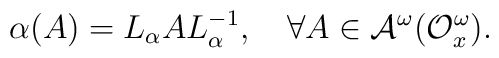
\alpha(A)=L_{\alpha} A L_{\alpha}^{-1},~~~\forall A\in {\cal A}^{\omega}({\cal O}^{\omega}_{x}).